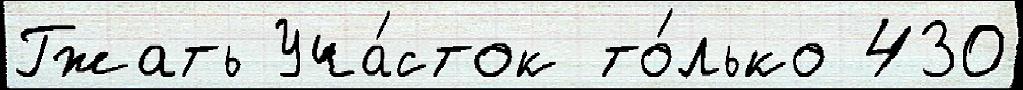
Гжать Уча́сток то́лько 430